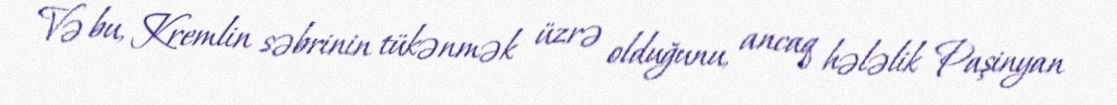
Və bu, Kremlin səbrinin tükənmək üzrə olduğunu, ancaq hələlik Paşinyan